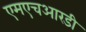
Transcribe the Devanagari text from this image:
एमएचआरडी